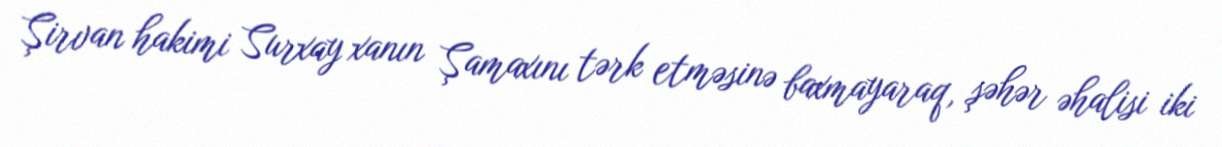
Şirvan hakimi Surxay xanın Şamaxını tərk etməsinə baxmayaraq, şəhər əhalisi iki